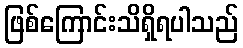
ဖြစ်ကြောင်းသိရှိရပါသည်